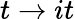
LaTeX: t\to it